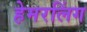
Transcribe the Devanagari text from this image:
हेमरलिंग